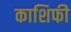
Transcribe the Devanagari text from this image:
काशिफी